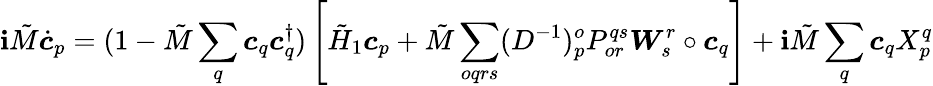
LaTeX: \mathbf{i}\tilde{{M}}\dot{{\boldsymbol{c}}}_{p}=(1-\tilde{{M}}\sum_{q}\boldsymbol{c}_{q}\boldsymbol{c}_{q}^{\dagger})\left[\tilde{{H}}_{1}\boldsymbol{c}_{p}+\tilde{{M}}\sum_{oqrs}(D^{-1})_{p}^{o}P_{or}^{qs}\boldsymbol{W}_{s}^{r}\circ\boldsymbol{c}_{q}\right]+\mathbf{i}\tilde{{M}}\sum_{q}\boldsymbol{c}_{q}X_{p}^{q}